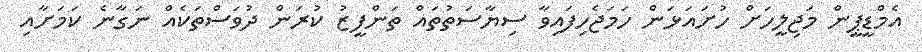
އެމްޑީޕީން މަޖިލީހަށް ހުށައަޅަން ހަމަޖެހިފައިވާ ސިޔާސަތުތައް ތަންފީޒު ކުރަން ދުވަސްތަކެއް ނަގާނެ ކަމަށާއި